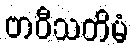
ဗာဝီသတိမံ